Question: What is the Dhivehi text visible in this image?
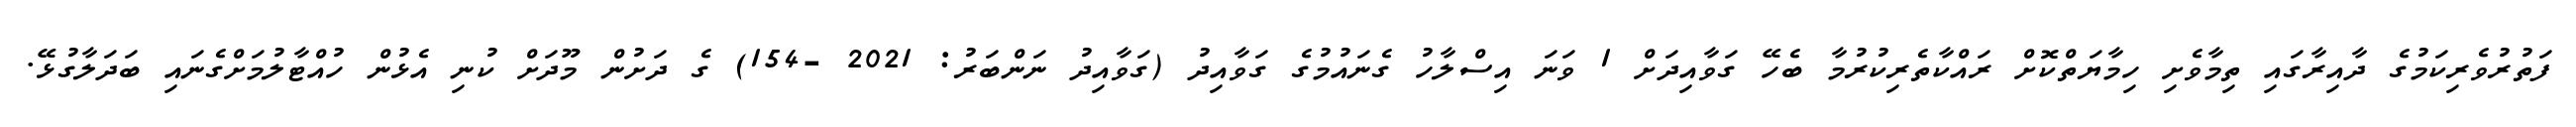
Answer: ފަތުރުވެރިކަމުގެ ދާއިރާގައި ތިމާވެށި ހިމާޔަތްކޮށް ރައްކާތެރިކުރުމާ ބެހޭ ގަވާއިދަށް 1 ވަނަ އިސްލާހު ގެނައުމުގެ ގަވާއިދު (ގަވާއިދު ނަންބަރު: 2021 -154) ގެ ދަށުން މޫދަށް ކުނި އެޅުން ހުއްޓާލުމަށްގެނައި ބަދަލާގުޅޭ.